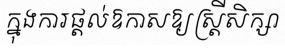
ក្នុងការផ្តល់ឱកាសឱ្យស្ត្រីសិក្សា